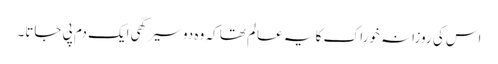
اس کی روزانہ خوراک کا یہ عالم تھا کہ وہ دو سیر گھی ایک دم پی جاتا۔